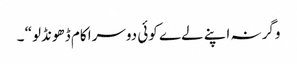
وگرنہ اپنے لےے کوئی دوسرا کام ڈھونڈلو“ ۔